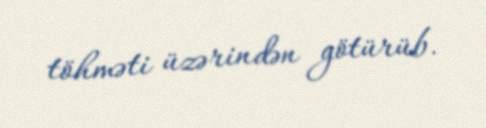
töhməti üzərindən götürüb.